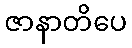
ဇာနာတိပေ